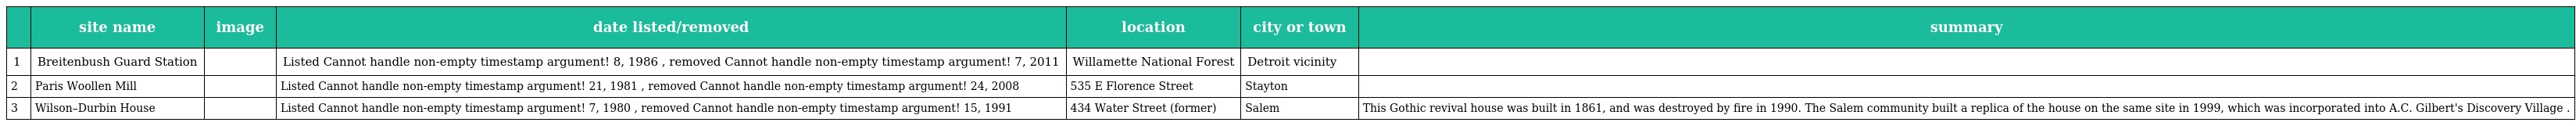
|  | site name | image | date listed/removed | location | city or town | summary |
 | --- | --- | --- | --- | --- | --- | --- |
 | 1 | Breitenbush Guard Station |  | Listed Cannot handle non-empty timestamp argument! 8, 1986 , removed Cannot handle non-empty timestamp argument! 7, 2011 | Willamette National Forest | Detroit vicinity |  |
 | 2 | Paris Woollen Mill |  | Listed Cannot handle non-empty timestamp argument! 21, 1981 , removed Cannot handle non-empty timestamp argument! 24, 2008 | 535 E Florence Street | Stayton |  |
 | 3 | Wilson–Durbin House |  | Listed Cannot handle non-empty timestamp argument! 7, 1980 , removed Cannot handle non-empty timestamp argument! 15, 1991 | 434 Water Street (former) | Salem | This Gothic revival house was built in 1861, and was destroyed by fire in 1990. The Salem community built a replica of the house on the same site in 1999, which was incorporated into A.C. Gilbert's Discovery Village . |